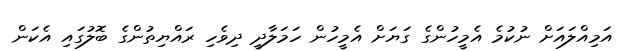
އަމިއްލައަށް ނުކުމެ އެމީހުންގެ ގަޔަށް އެމީހުން ހަމަލާދީ ދިވެހި ރައްޔިތުންގެ ބޮލުގައި އެކަން